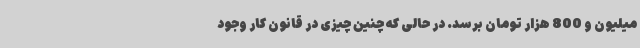
میلیون و 800 هزار تومان برسد. در حالی که چنین چیزی در قانون کار وجود